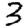
Digit: 3